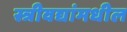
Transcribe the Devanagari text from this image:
स्त्रीवद्यांमधील